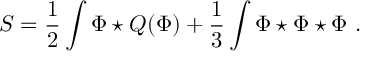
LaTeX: S = \frac { 1 } { 2 } \int \Phi \star Q ( \Phi ) + \frac { 1 } { 3 } \int \Phi \star \Phi \star \Phi \ .